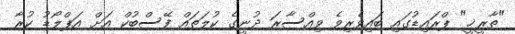
"ތާރީޚީ" ޕްރައިޑުގައި ބައިވެރިވެ ވިއްސާރަ ދުނީގެ ކުލަތައް ފޭސްބުކް އަށް އަޕްލޯޑު ކުރާ